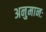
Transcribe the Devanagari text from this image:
अनुमानः